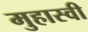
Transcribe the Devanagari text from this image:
मुहास्वी